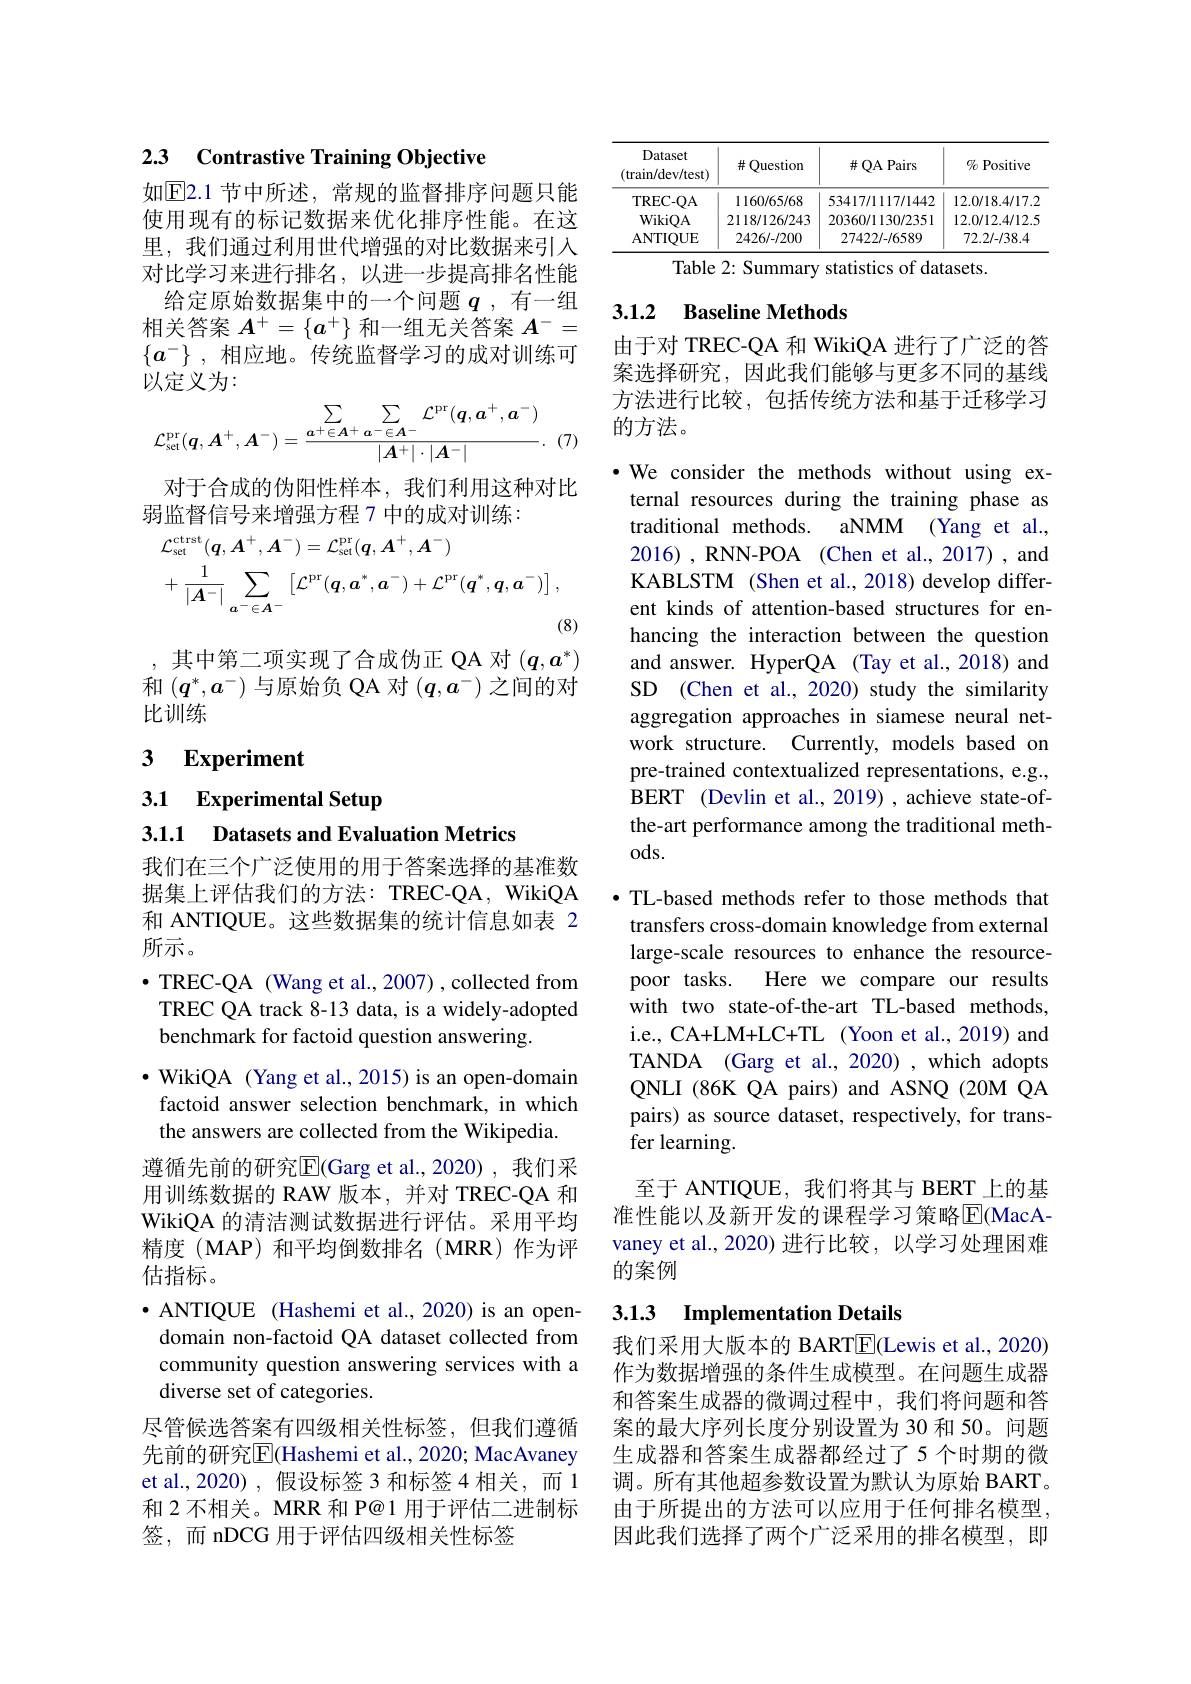
### 2.3 Contrastive Training Objective

如$\mathbb{E}$2.1 节中所述，常规的监督排序问题只能使用现有的标记数据来优化排序性能。在这里，我们通过利用世代增强的对比数据来引入对比学习来进行排名，以进一步提高排名性能给定原始数据集中的一个问题$q$ ,有一组相关答案$A^+=\{a^+\}$和一组无关答案$A^-=$ $\{a^-\}$ ,相应地。传统监督学习的成对训练可以定义为：
$$\sum\limits_{\mathcal{L}_{\mathrm{set}}^{\mathrm{pr}}(\boldsymbol{q},\boldsymbol{A}^{+},\boldsymbol{A}^{-})=\frac{\boldsymbol{a}^{+}\in\boldsymbol{A}^{+}\sum\limits_{a^{-}\in\boldsymbol{A}^{-}}\mathcal{L}^{\mathrm{pr}}(\boldsymbol{q},\boldsymbol{a}^{+},\boldsymbol{a}^{-})}{|\boldsymbol{A}^{+}|\cdot|\boldsymbol{A}^{-}|}.\:(7)}$$
对于合成的伪阳性样本，我们利用这种对比
弱监督信号来增强方程 7 中的成对训练：
$$\begin{aligned}&\mathcal{L}_{\mathrm{set}}^{\mathrm{ctrst}}(\boldsymbol{q},\boldsymbol{A}^{+},\boldsymbol{A}^{-})=\mathcal{L}_{\mathrm{set}}^{\mathrm{pr}}(\boldsymbol{q},\boldsymbol{A}^{+},\boldsymbol{A}^{-})\\&+\frac{1}{|A^{-}|}\sum_{a^{-}\in A^{-}}\left[\mathcal{L}^{\mathrm{pr}}(\boldsymbol{q},\boldsymbol{a}^{*},\boldsymbol{a}^{-})+\mathcal{L}^{\mathrm{pr}}(\boldsymbol{q}^{*},\boldsymbol{q},\boldsymbol{a}^{-})\right],\end{aligned}$$
(8)

,其中第二项实现了合成伪正 QA 对$(q,a^*)$ 和$(q^*,a^-)$与原始负 QA 对$(q,a^-)$之间的对比训练

### $\textbf{3}$ $\textbf{Experiment}$

# 3.1 Experimental Setup
3.1.1 Datasets and Evaluation Metrics

我们在三个广泛使用的用于答案选择的基准数据集上评估我们的方法：TREC-QA, WikiQA 和 ANTIQUE。这些数据集的统计信息如表 2所示。
$\bullet$ TREC-QA (Wang et al., 2007) , collected from TREC QA track 8-13 data, is a widely-adopted benchmark for factoid question answering
$\cdot$ WikiQA (Yang et al., 2015) is an open-domain factoid answer selection benchmark, in which the answers are collected from the Wikipedia. 遵循先前的研究E$( Garg et al. , 2020) , 我 们 采$ 用训练数据的 RAW 版本，并对 TREC-QA 和WikiQA 的清洁测试数据进行评估。采用平均精度(MAP)和平均倒数排名(MRR)作为评估指标。
$\bullet$ ANTIQUE (Hashemi et al., 2020) is an opendomain non-factoid QA dataset collected from community question answering services with a diverse set of categories.
尽管候选答案有四级相关性标签，但我们遵循先前的研究$\overline{\mathrm{E}}$(Hashemi et al., 2020; MacAvaney et al.,2020),假设标签3和标签4相关，而1和 2 不相关。MRR 和 P@1 用于评估二进制标签，而 nDCG 用于评估四级相关性标签

<table>
	<tbody>
		<tr>
			<th>Dataset (train/dev/test)</th>
			<th>#Question</th>
			<th>$\#QA$ Pairs</th>
			<th>$\%$ Positive</th>
		</tr>
		<tr>
			<td>TREC- QA</td>
			<td>1160/65/68</td>
			<td>53417/117/1442</td>
			<td>12.0/18.4/17.2</td>
		</tr>
		<tr>
			<td>WikiOA</td>
			<td>2118/126/243</td>
			<td>20360/1130/2351</td>
			<td>12.0/12.4/12.5</td>
		</tr>
		<tr>
			<td>ANTIOUE</td>
			<td>2426/-/200</td>
			<td>27422/-/6589</td>
			<td>72.2/-/38.4</td>
		</tr>
	</tbody>
</table>
Table 2: Summary statistics of datasets.

### 3.1.2 Baseline Methods

由于对 TREC-QA 和 WikiQA 进行了广泛的答案选择研究，因此我们能够与更多不同的基线方法进行比较，包括传统方法和基于迁移学习的方法。

·We consider the methods without using external resources during the training phase as traditional methods. aNMM (Yang et al. 2016),RNN-POA(Chen et al., 2017), and KABLSTM (Shen et al., 2018) develop different kinds of attention-based structures for enhancing the interaction between the question and answer. HyperQA (Tay et al.,2018) and SD (Chen et al., 2020) study the similarity aggregation approaches in siamese neural network structure. Currently, models based on pre-trained contextualized representations, e.g., BERT (Devlin et al., 2019) , achieve state-ofthe-art performance among the traditional meth- $ods.$

·TL-based methods refer to those methods that transfers cross-domain knowledge from external large-scale resources to enhance the resourcepoor tasks.
Here we compare our results
with two state-of-the-art TL-based methods, i.e., CA+LM+LC+TL (Yoon et al., 2019) and TANDA (Garg et al., 2020) , which adopts QNLI (86K QA pairs) and ASNQ (20M QA pairs) as source dataset, respectively, for transfer learning.

至于 ANTIQUE, 我们将其与 BERT 上的基准性能以及新开发的课程学习策略$\overline{\mathrm{E}}($MacAvaney et al., 2020) 进行比较，以学习处理困难的案例

## 3.1.3 Implementation Details

我们采用大版本的 BART$\boxed{\mathrm{E}}($Lewis et al., 2020) 作为数据增强的条件生成模型。在问题生成器和答案生成器的微调过程中，我们将问题和答案的最大序列长度分别设置为 30 和 50。问题生成器和答案生成器都经过了 5 个时期的微调。所有其他超参数设置为默认为原始 BART。由于所提出的方法可以应用于任何排名模型因此我们选择了两个广泛采用的排名模型，即